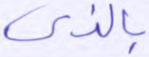
بالذي